Annual administration report of the Civil Veterinary Department of India - 1896-1897
Year: 1896
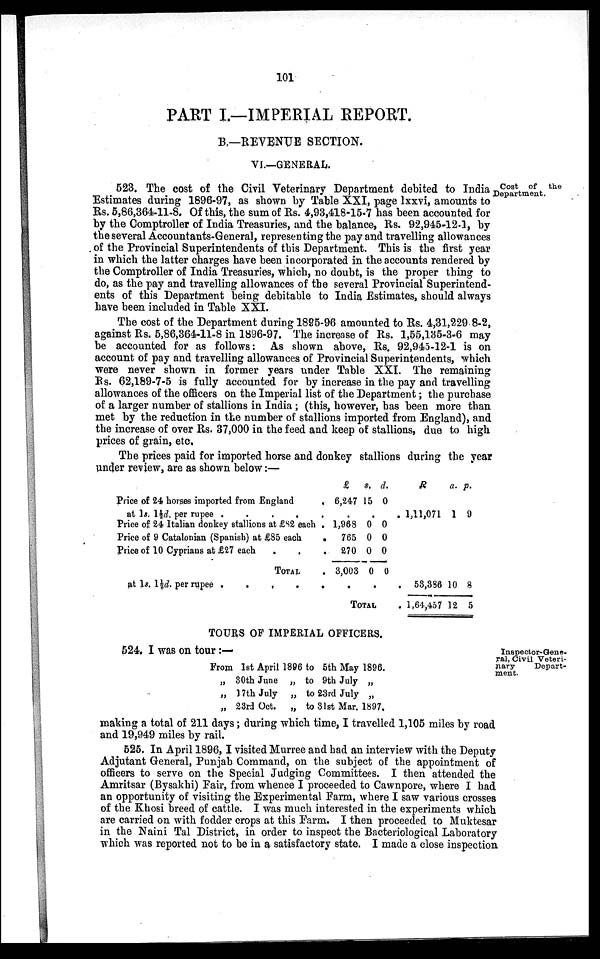
101
PART I.—IMPERIAL REPORT.
B.—REVENUE SECTION.
VI.—GENERAL.
Cost of
the
Department.
523. The cost of the Civil Veterinary Department debited to India
Estimates during 1896-97, as shown by Table XXI, page lxxvi, amounts to
Rs. 5,86,364-11-8. Of this, the sum of Rs. 4,93,418-15-7 has been accounted for
by the Comptroller of India Treasuries, and the balance, Rs. 92,945-12.1, by
the several Accountants-General, representing the pay and travelling allowances
of the Provincial Superintendents of this Department. This is the first year
in which the latter charges have been incorporated in the accounts rendered by
the Comptroller of India Treasuries, which, no doubt, is the proper thing to
do, as the pay and travelling allowances of the several Provincial Superintend-
ents of this Department being debitable to India Estimates, should always
have been included in Table XXI.
The cost of the Department during 1895-96 amounted to Rs. 4,31,229 8-2,
against Rs. 5,86,364-11-8 in 1896-97. The increase of Rs. 1,55,135-3-6 may
be accounted for as follows: As shown above, Rs. 92,945-12-1 is on
account of pay and travelling allowances of Provincial Superintendents, which
were never shown in former years under Table XXI. The remaining
Rs. 62,189-7-5 is fully accounted for by increase in the pay and travelling
allowances of the officers on the Imperial list of the Department; the purchase
of a larger number of stallions in India; (this, however, has been more than
met by the reduction in the number of stallions imported from England), and
the increase of over Rs.37,000 in the feed and keep of stallions, due to high
prices of grain, etc.
The prices paid for imported horse and donkey stallions during the year
under review, are as shown below:—
Price of 24 horses imported from England
.
at 1s. 1½d. per rupee .
.
.
.
.
Price of 24 Italian donkey stallions at £82 each.
Price of 9 Catalonian (Spanish) at £85 each
.
Price of 10 Cyprians at £27 each
TOTAL
at 1s. 1½d. per rupee .
.
.
.
.
£
6,247
.
1,968
765
270
3,003
.
s.
15
.
0
0
0
0
.
d.
0
0
0
0
0
TOTAL
R
1,11,071
. 58,386
. 1,64,457
a.
1
10
12
P.
9
8
5
TOURS OF IMPERIAL OFFICERS.
524. I was on tour :—
Inspector-Gene,
ral, Civil Veteri-
nary
Depart-
ment.
From
„
„
„
1st April 1896
30th June „
17th July
„
23rd Oct.
„
to 5th May 1896.
to 9th July „
to 23rd July „
to 31st Mar. 1897.
making a total of 211 days; during which time, I travelled 1,105 miles by road
and 19,949 miles by rail.
525. In April 1896, I visited Murree and had an interview with the Deputy
Adjutant General, Punjab Command, on the subject of the appointment of
officers to serve on the Special Judging Committees. I then attended the
Amritsar (Bysakhi) Fair, from whence I proceeded to Cawnpore, where I had
an opportunity of visiting the Experimental Farm, where I saw various crosses
of the Khosi breed of cattle. I was much interested in the experiments which
are carried on with fodder crops at this Farm. I then proceeded to Muktesar
in the Naini Tal District, in order to inspect the Bacteriological Laboratory
which was reported not to be in a satisfactory state. I made a close inspection